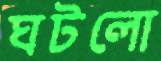
ঘটলো